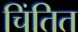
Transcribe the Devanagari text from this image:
चिंतित